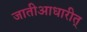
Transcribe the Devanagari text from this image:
जातीआधारीत्